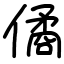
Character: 僪